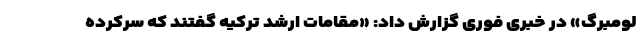
لومبرگ» در خبری فوری گزارش داد: «مقامات ارشد ترکیه گفتند که سرکرده